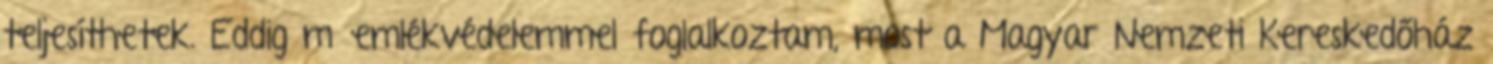
teljesíthetek. Eddig műemlékvédelemmel foglalkoztam, most a Magyar Nemzeti Kereskedőház